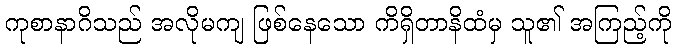
ကုစာနာဂိသည် အလိုမကျ ဖြစ်နေသော ကိရှိတာနိထံမှ သူ၏ အကြည့်ကို